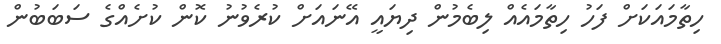
ހިތާމައަކަށް ފަހު ހިތާމައެއް ލިބެމުން ދިޔައީ އޭނައަށް ކުރެވުނު ކޮން ކުށެއްގެ ސަބަބުން